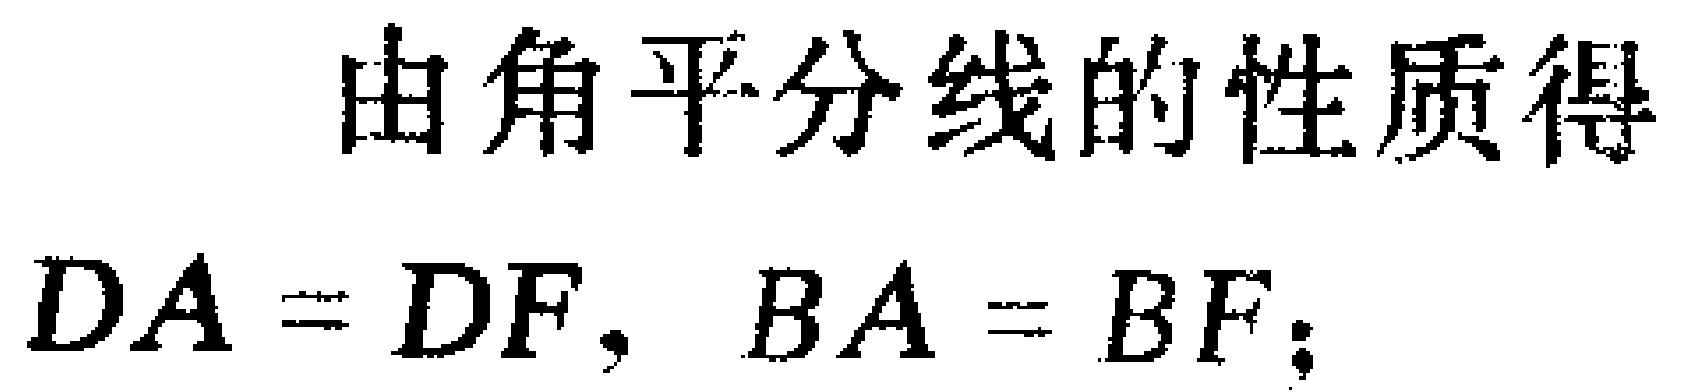
由角平分线的性质得
\(DA = DF, BA = BF;\)